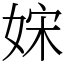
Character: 𡜻